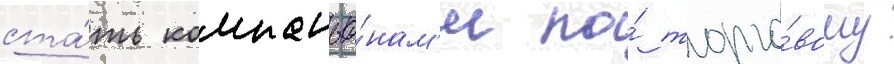
ста́ть компаньо́нам'и по́ торго́вому